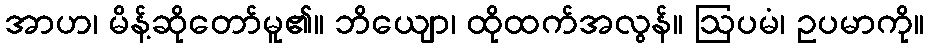
အာဟ၊ မိန့်ဆိုတော်မူ၏။ ဘိယျော၊ ထိုထက်အလွန်။ ဩပမံ၊ ဥပမာကို။